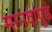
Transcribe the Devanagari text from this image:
मानवापुढे